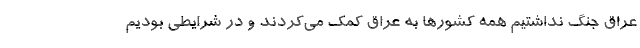
عراق جنگ نداشتیم همه کشورها به عراق کمک می‌کردند و در شرایطی بودیم